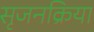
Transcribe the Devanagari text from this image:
सृजनक्रिया